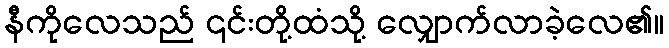
နီကိုလေသည် ၎င်းတို့ထံသို့ လျှောက်လာခဲ့လေ၏။